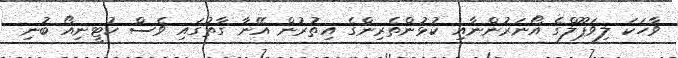
ވާހަކަ ލިވަޕޫލްގެ އޯނަރުންނާއި ކުޅުންތެރިންގެ އިތުރުން އޭނާ ގާތުގައި ވެސް ކުޓީނިއޯ ބުނި